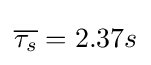
{\overline {\tau _{s}}}=2.37s